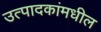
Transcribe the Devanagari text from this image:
उत्पादकांमधील